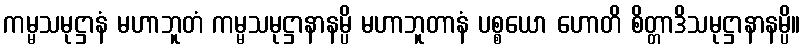
ကမ္မသမုဋ္ဌာနံ မဟာဘူတံ ကမ္မသမုဋ္ဌာနာနမ္ပိ မဟာဘူတာနံ ပစ္စယော ဟောတိ စိတ္တာဒိသမုဋ္ဌာနာနမ္ပိ။